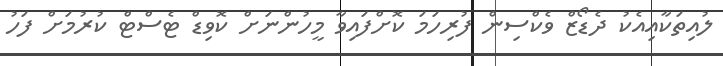
ލުއިތަކާއިއެކު ދެޑޯޒް ވެކްސިން ފުރިހަމަ ކޮށްފައިވާ މީހުންނަށް ކޮވިޑް ޓެސްޓް ކުރުމަށް ފަހު